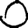
Digit: 0